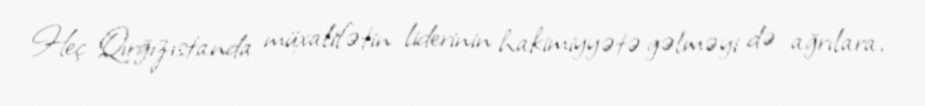
Heç Qırğızıstanda müxalifətin liderinin hakimiyyətə gəlməyi də ağrılara,